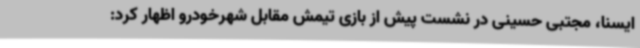
ایسنا، مجتبی حسینی در نشست پیش از بازی تیمش مقابل شهرخودرو اظهار کرد: